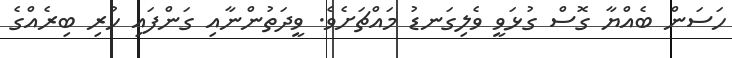
ހަސަން ބެއްޔާ ގޮސް ގުޅަވީ ވެލިގަނޑު މައްޗަށެވެ. ވީދަތުންނާއި ގަންފައި ހުރި ބިރެއްގެ